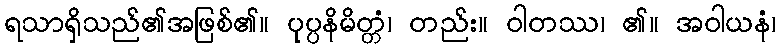
ရသာရှိသည်၏အဖြစ်၏။ ပုပ္ပနိမိတ္တံ၊ တည်း။ ဝါတဿ၊ ၏။ အဝါယနံ၊